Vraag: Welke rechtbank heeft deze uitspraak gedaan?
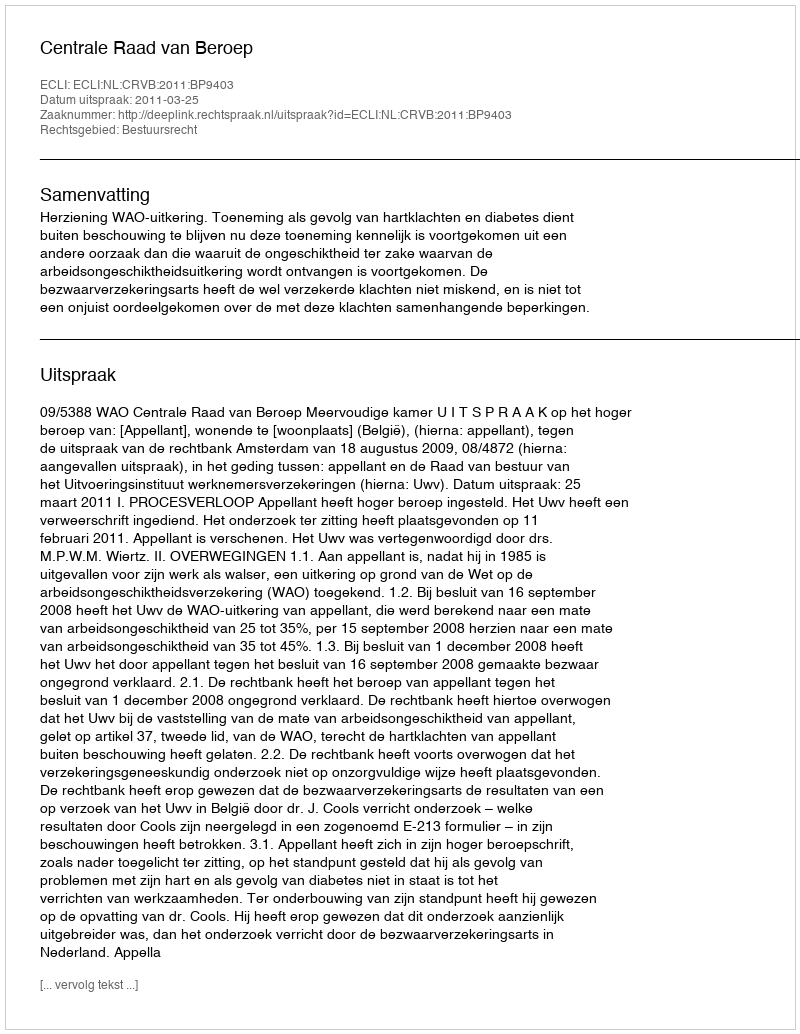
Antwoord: Centrale Raad van Beroep